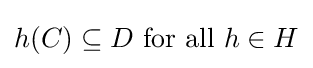
h(C)\subseteq D{\text{ for all }}h\in H